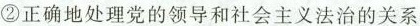
②正确地处理党的领导和社会主义法治的关系